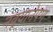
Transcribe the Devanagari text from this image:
नवर्‍यानेपण